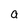
Character: a